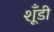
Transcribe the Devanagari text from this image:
शूँडी